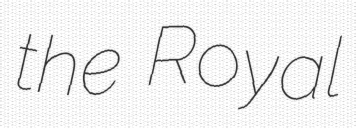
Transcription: the Royal